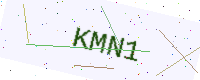
Text: KMN1